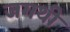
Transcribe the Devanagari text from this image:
जगथी